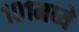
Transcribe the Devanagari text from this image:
१०१मध्ये